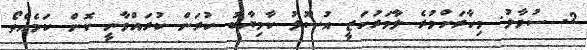
2- ސުވާލު: މިހާރަށްވުރެ ލާމަރުކަޒީ އުސޫލު ކާމިޔާބު ކުރަން ކުރައްވާނީ ކޮން ކަމެއްތޯ